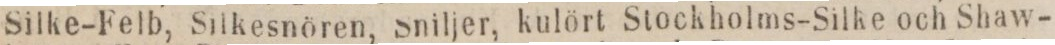
Silke-Felb, Silkesnören, Sniljer, kulört Stockholms-Silke och Shaw-